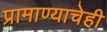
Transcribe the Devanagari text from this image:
प्रामाण्याचेही